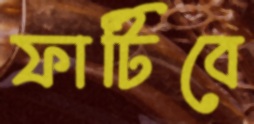
ফাটিবে